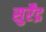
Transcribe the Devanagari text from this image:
सुर्रेंद्र